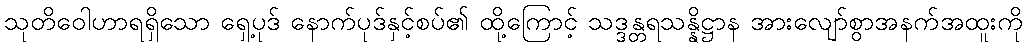
သုတိဝေါဟာရရှိသော ရှေ့ပုဒ် နောက်ပုဒ်နှင့်စပ်၏ ထို့ကြောင့် သဒ္ဒန္တရသန္နိဋ္ဌာန အားလျော်စွာအနက်အထူးကို